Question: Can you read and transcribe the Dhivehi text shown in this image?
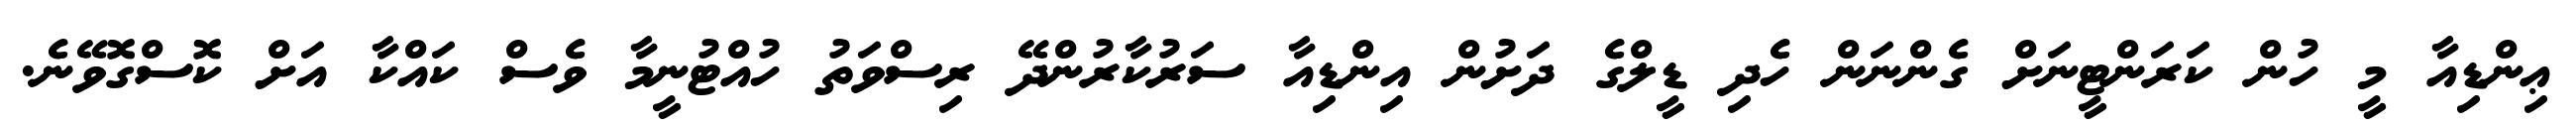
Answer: ޢިންޑިއާ މީ ހުން ކަރަންޓީނަށް ގެންނަން ހެދި ޑީލްގެ ދަށުން އިންޑިއާ ސަރުކާރުންދޭ ރިސްވަތު ހުއްޓުނީމާ ވެސް ކައްކާ އަށް ކޮސްގޮވޭނެ.